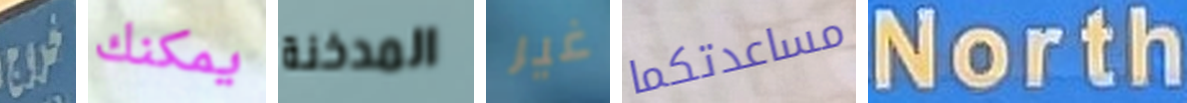
خروج يمكنك المدخنة غير مساعدتكما North